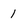
Character: 1